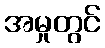
အမှုတွင်